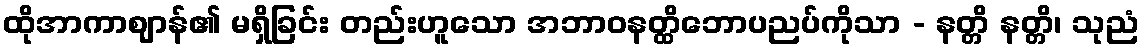
ထိုအာကာဈာန်၏ မရှိခြင်း တည်းဟူသော အဘာဝနတ္ထိဘောပညပ်ကိုသာ - နတ္တိ နတ္တိ၊ သုညံ